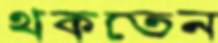
থকতেন